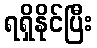
ရရှိနိုင်ပြီး